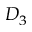
D _ { 3 }